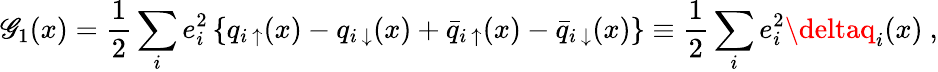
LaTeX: \mathscr{G}_{1}(x)=\frac{{1}}{{2}}\sum_{i}e_{i}^{2}\left\{ q_{i~\uparrow}(x)-q_{i~\downarrow}(x)+\bar{{q}}_{i~\uparrow}(x)-\bar{{q}}_{i~\downarrow}(x)\right\} \equiv\frac{{1}}{{2}}\sum_{i}e_{i}^{2}\deltaq_{i}(x)~,